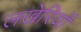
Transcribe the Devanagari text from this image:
लखेरियों